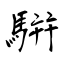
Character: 騈